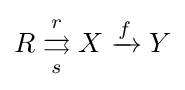
R\;{\overset {r}{\underset {s}{\rightrightarrows }}}\;X\xrightarrow {f} Y